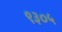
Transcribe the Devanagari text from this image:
९३०५